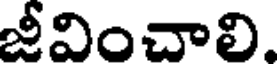
జీవించాలి,